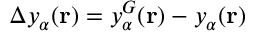
\Delta y _ { \alpha } ( \mathbf { r } ) = y _ { \alpha } ^ { G } ( \mathbf { r } ) - y _ { \alpha } ( \mathbf { r } )